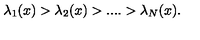
\lambda _ { 1 } ( x ) > \lambda _ { 2 } ( x ) > . . . . > \lambda _ { N } ( x ) .